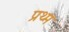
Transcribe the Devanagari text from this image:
प्रथ्म